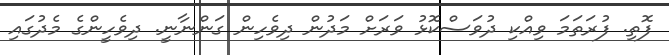
ފޮތި. ފުރަތަމަ ވިއްކި ދުވަސްކޮޅު ވަރަށް މަދުން ދިވެހިން ގަންނާނީ. ދިވެހީންގެ މެދުގައި